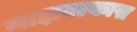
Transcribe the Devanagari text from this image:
याज्ञवल्कास